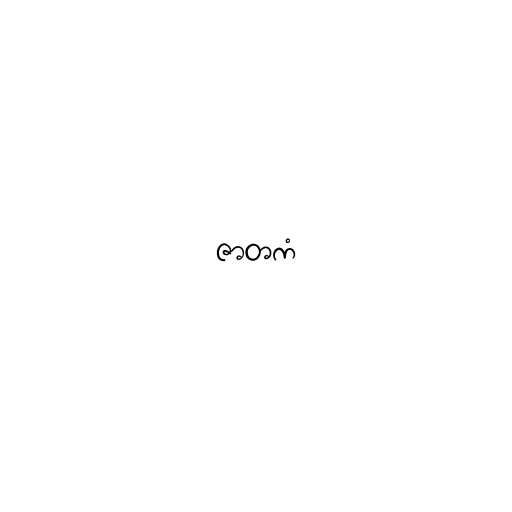
ဇာတကံ